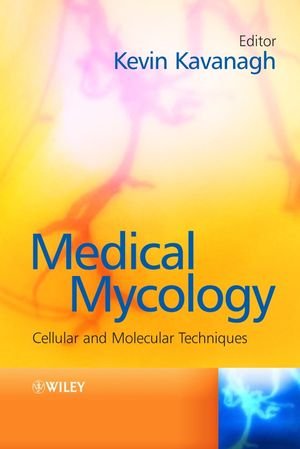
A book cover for Medical Mycology: Cellular and Molecular Techniques; Health, Fitness & Dieting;